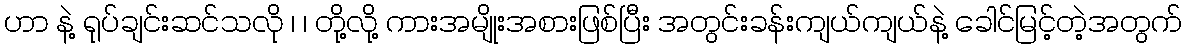
ဟာ နဲ့ ရုပ်ချင်းဆင်သလို ၊ ၊ တို့လို့ ကားအမျိုးအစားဖြစ်ပြီး အတွင်းခန်းကျယ်ကျယ်နဲ့ ခေါင်မြင့်တဲ့အတွက်